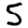
Digit: 5